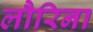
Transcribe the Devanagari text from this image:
लौरिना